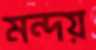
মন্দয়